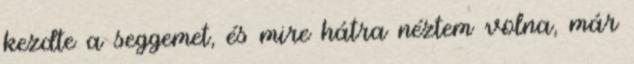
kezdte a seggemet, és mire hátra néztem volna, már